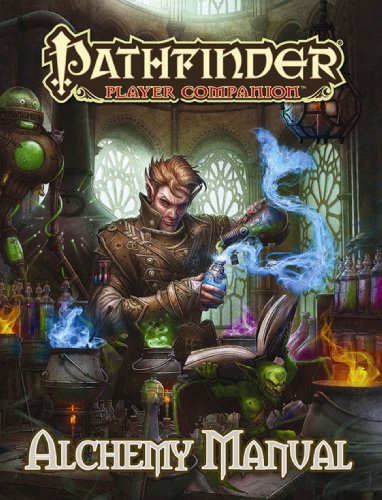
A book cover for Pathfinder Player Companion: Alchemy Manual; Paizo Publishing; Science Fiction & Fantasy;